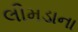
લીમડાના